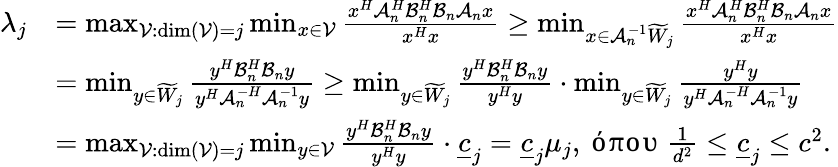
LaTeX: \begin{array}{rl}{\lambda_{j}}&{=\operatorname*{max}_{\mathcal{V}:\dim(\mathcal{V})=j}{\operatorname*{min}_{x\in\mathcal{V}}{\frac{x^{H}\mathcal{A}_{n}^{H}\mathcal{B}_{n}^{H}\mathcal{B}_{n}\mathcal{A}_{n}x}{x^{H}x}}}\geq\operatorname*{min}_{x\in\mathcal{A}_{n}^{-1}\widetilde{W}_{j}}{\frac{x^{H}\mathcal{A}_{n}^{H}\mathcal{B}_{n}^{H}\mathcal{B}_{n}\mathcal{A}_{n}x}{x^{H}x}}}\\ &{=\operatorname*{min}_{y\in\widetilde{W}_{j}}{\frac{y^{H}\mathcal{B}_{n}^{H}\mathcal{B}_{n}y}{y^{H}\mathcal{A}_{n}^{-H}\mathcal{A}_{n}^{-1}y}}\geq\operatorname*{min}_{y\in\widetilde{W}_{j}}{\frac{y^{H}\mathcal{B}_{n}^{H}\mathcal{B}_{n}y}{y^{H}y}}\cdot\operatorname*{min}_{y\in\widetilde{W}_{j}}{\frac{y^{H}y}{y^{H}\mathcal{A}_{n}^{-H}\mathcal{A}_{n}^{-1}y}}}\\ &{=\operatorname*{max}_{\mathcal{V}:\dim(\mathcal{V})=j}{\operatorname*{min}_{y\in\mathcal{V}}{\frac{y^{H}\mathcal{B}_{n}^{H}\mathcal{B}_{n}y}{y^{H}y}}}\cdot\underline{{c}}_{j}=\underline{{c}}_{j}\mu_{j},\mathrm{~όπου~}\frac{1}{d^{2}}\leq\underline{{c}}_{j}\leq c^{2}.}\end{array}